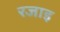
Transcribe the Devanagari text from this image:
रजाइ